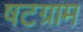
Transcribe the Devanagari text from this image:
षटग्राम